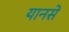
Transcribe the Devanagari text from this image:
यानसे